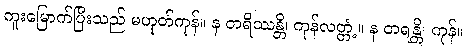
ကူးမြောက်ပြီးသည် မဟုတ်ကုန်။ န တရိဿန္တိ၊ ကုန်လတ္တံ့။ န တရန္တိ၊ ကုန်။